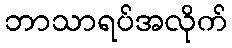
ဘာသာရပ်အလိုက်